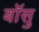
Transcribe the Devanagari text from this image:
बॉसु